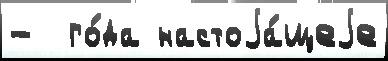
-  го́да настоjа́щеjе